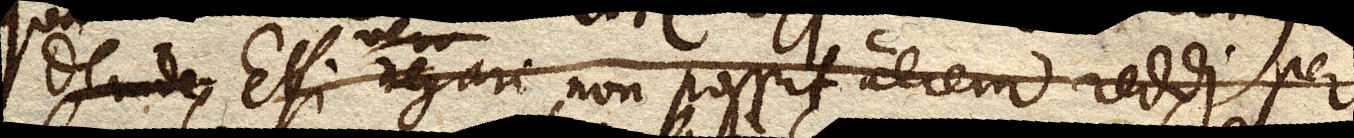
Deinde Etsi vero negari non possit aerem reddi per